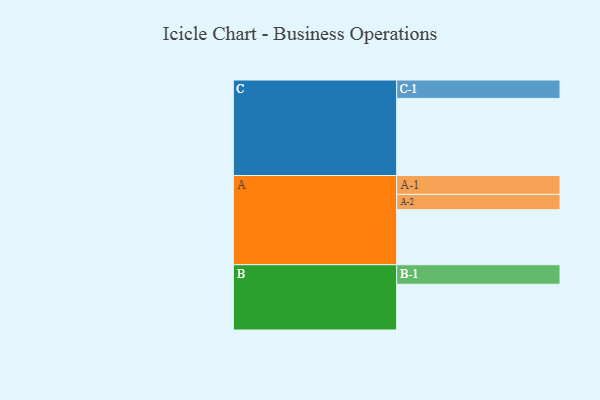
{"axis": {"x": "Segment", "y": "Value"}, "legend": ["", "A", "B", "C"], "data": [{"x": "A", "y": 391, "type": ""}, {"x": "B", "y": 325, "type": ""}, {"x": "C", "y": 548, "type": ""}, {"x": "A-1", "y": 134, "type": "A"}, {"x": "A-2", "y": 109, "type": "A"}, {"x": "B-1", "y": 139, "type": "B"}, {"x": "C-1", "y": 131, "type": "C"}]}